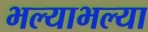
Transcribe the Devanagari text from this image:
भल्याभल्या